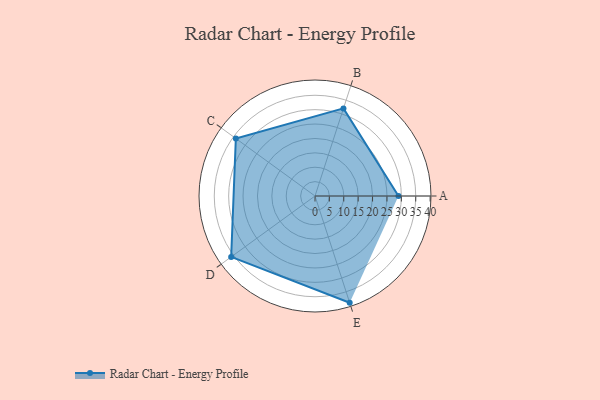
{"axis": {"x": "Skill", "y": "Score"}, "legend": ["Profile"], "data": [{"x": "A", "y": 29.0, "type": "Profile"}, {"x": "B", "y": 32.0, "type": "Profile"}, {"x": "C", "y": 34.0, "type": "Profile"}, {"x": "D", "y": 36.0, "type": "Profile"}, {"x": "E", "y": 39.0, "type": "Profile"}]}